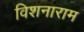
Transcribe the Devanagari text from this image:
विशनाराम